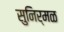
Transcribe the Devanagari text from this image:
सुनिर्मळ